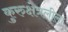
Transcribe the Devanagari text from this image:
कुरुक्षेत्रलीला